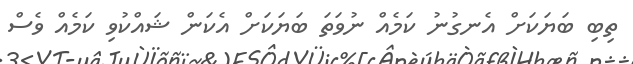
ތިބި ބަޔަކަށް އެނގުނު ކަމެއް ނުވަތަ ބަޔަކަށް އެކަން ޝައްކުވި ކަމެއް ވެސް